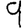
Digit: 9